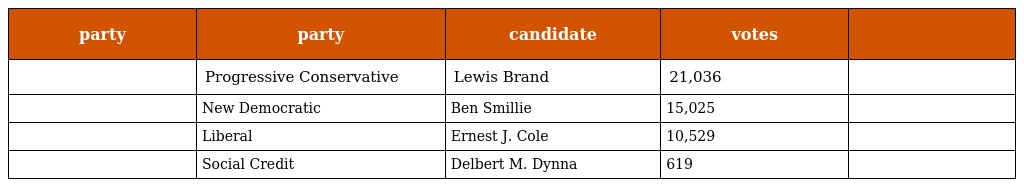
| party | party | candidate | votes |  |
 | --- | --- | --- | --- | --- |
 |  | Progressive Conservative | Lewis Brand | 21,036 |  |
 |  | New Democratic | Ben Smillie | 15,025 |  |
 |  | Liberal | Ernest J. Cole | 10,529 |  |
 |  | Social Credit | Delbert M. Dynna | 619 |  |